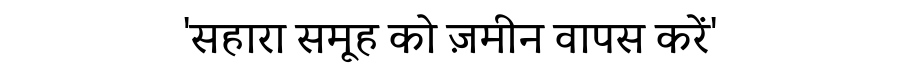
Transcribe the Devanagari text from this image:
'सहारा समूह को ज़मीन वापस करें'